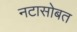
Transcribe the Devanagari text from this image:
नटासोबत